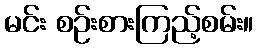
မင်း စဉ်းစားကြည့်စမ်း။